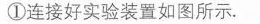
①连接好实验装置如图所示.